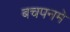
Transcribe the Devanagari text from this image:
बचपनमे